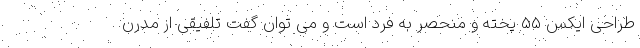
طراحی ایکس 55 پخته و منحصر به فرد است و می توان گفت تلفیقی از مدرن